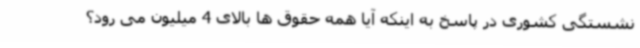
نشستگی کشوری در پاسخ به اینکه آیا همه حقوق ها بالای 4 میلیون می رود؟